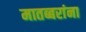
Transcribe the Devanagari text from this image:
मातब्बरांना